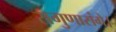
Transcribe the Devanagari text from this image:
सगुणासंगे।